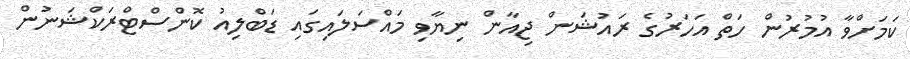
ކަމަށްވާ އުމުރުން ހަތް އަހަރުގެ ރައުޝަން ޖިއާން ނިޔާވި މައްސަލައިގައި ޑަބްލިއު ކޮންސްޓްރަކްޝަނުން